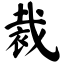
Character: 裁